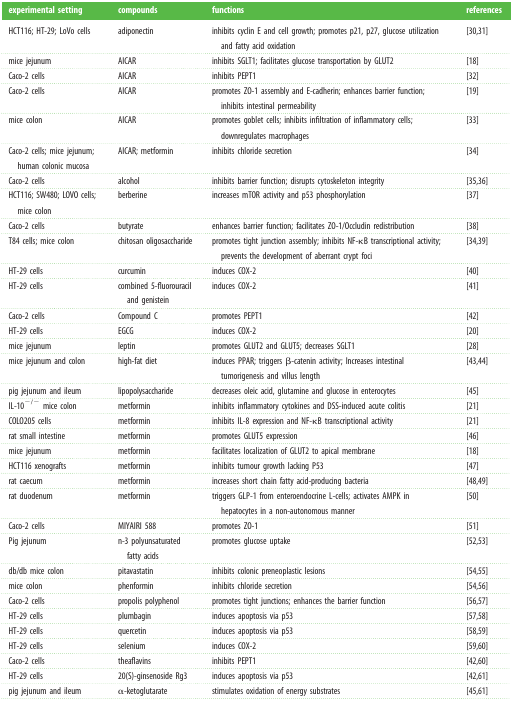
<table><thead><tr><td><b>experimental setting</b></td><td><b>compounds</b></td><td><b>functions</b></td><td><b>references</b></td></tr></thead><tbody><tr><td>HCT116; HT-29; LoVo cells</td><td>adiponectin</td><td>inhibits cyclin E and cell growth; promotes p21, p27, glucose utilization and fatty acid oxidation</td><td>[30,31]</td></tr><tr><td>mice jejunum</td><td>AICAR</td><td>inhibits SGLT1; facilitates glucose transportation by GLUT2</td><td>[18]</td></tr><tr><td>Caco-2 cells</td><td>AICAR</td><td>inhibits PEPT1</td><td>[32]</td></tr><tr><td>Caco-2 cells</td><td>AICAR</td><td>promotes ZO-1 assembly and E-cadherin; enhances barrier function; inhibits intestinal permeability</td><td>[19]</td></tr><tr><td>mice colon</td><td>AICAR</td><td>promotes goblet cells; inhibits infiltration of inflammatory cells; downregulates macrophages</td><td>[33]</td></tr><tr><td>Caco-2 cells; mice jejunum; human colonic mucosa</td><td>AICAR; metformin</td><td>inhibits chloride secretion</td><td>[34]</td></tr><tr><td>Caco-2 cells</td><td>alcohol</td><td>inhibits barrier function; disrupts cytoskeleton integrity</td><td>[35,36]</td></tr><tr><td>HCT116; SW480; LOVO cells; mice colon</td><td>berberine</td><td>increases mTOR activity and p53 phosphorylation</td><td>[37]</td></tr><tr><td>Caco-2 cells</td><td>butyrate</td><td>enhances barrier function; facilitates ZO-1/Occludin redistribution</td><td>[38]</td></tr><tr><td>T84 cells; mice colon</td><td>chitosan oligosaccharide</td><td>promotes tight junction assembly; inhibits NF-κB transcriptional activity; prevents the development of aberrant crypt foci</td><td>[34,39]</td></tr><tr><td>HT-29 cells</td><td>curcumin</td><td>induces COX-2</td><td>[40]</td></tr><tr><td>HT-29 cells</td><td>combined 5-fluorouracil and genistein</td><td>induces COX-2</td><td>[41]</td></tr><tr><td>Caco-2 cells</td><td>Compound C</td><td>promotes PEPT1</td><td>[42]</td></tr><tr><td>HT-29 cells</td><td>EGCG</td><td>induces COX-2</td><td>[20]</td></tr><tr><td>mice jejunum</td><td>leptin</td><td>promotes GLUT2 and GLUT5; decreases SGLT1</td><td>[28]</td></tr><tr><td>mice jejunum and colon</td><td>high-fat diet</td><td>induces PPAR; triggers β-catenin activity; Increases intestinal tumorigenesis and villus length</td><td>[43,44]</td></tr><tr><td>pig jejunum and ileum</td><td>lipopolysaccharide</td><td>decreases oleic acid, glutamine and glucose in enterocytes</td><td>[45]</td></tr><tr><td>IL-10<sup>−/−</sup> mice colon</td><td>metformin</td><td>inhibits inflammatory cytokines and DSS-induced acute colitis</td><td>[21]</td></tr><tr><td>COLO205 cells</td><td>metformin</td><td>inhibits IL-8 expression and NF-κB transcriptional activity</td><td>[21]</td></tr><tr><td>rat small intestine</td><td>metformin</td><td>promotes GLUT5 expression</td><td>[46]</td></tr><tr><td>mice jejunum</td><td>metformin</td><td>facilitates localization of GLUT2 to apical membrane</td><td>[18]</td></tr><tr><td>HCT116 xenografts</td><td>metformin</td><td>inhibits tumour growth lacking P53</td><td>[47]</td></tr><tr><td>rat caecum</td><td>metformin</td><td>increases short chain fatty acid-producing bacteria</td><td>[48,49]</td></tr><tr><td>rat duodenum</td><td>metformin</td><td>triggers GLP-1 from enteroendocrine L-cells; activates AMPK in hepatocytes in a non-autonomous manner</td><td>[50]</td></tr><tr><td>Caco-2 cells</td><td>MIYAIRI 588</td><td>promotes ZO-1</td><td>[51]</td></tr><tr><td>Pig jejunum</td><td>n-3 polyunsaturated fatty acids</td><td>promotes glucose uptake</td><td>[52,53]</td></tr><tr><td>db/db mice colon</td><td>pitavastatin</td><td>inhibits colonic preneoplastic lesions</td><td>[54,55]</td></tr><tr><td>mice colon</td><td>phenformin</td><td>inhibits chloride secretion</td><td>[54,56]</td></tr><tr><td>Caco-2 cells</td><td>propolis polyphenol</td><td>promotes tight junctions; enhances the barrier function</td><td>[56,57]</td></tr><tr><td>HT-29 cells</td><td>plumbagin</td><td>induces apoptosis via p53</td><td>[57,58]</td></tr><tr><td>HT-29 cells</td><td>quercetin</td><td>induces apoptosis via p53</td><td>[58,59]</td></tr><tr><td>HT-29 cells</td><td>selenium</td><td>induces COX-2</td><td>[59,60]</td></tr><tr><td>Caco-2 cells</td><td>theaflavins</td><td>inhibits PEPT1</td><td>[42,60]</td></tr><tr><td>HT-29 cells</td><td>20(S)-ginsenoside Rg3</td><td>induces apoptosis via p53</td><td>[42,61]</td></tr><tr><td>pig jejunum and ileum</td><td>α-ketoglutarate</td><td>stimulates oxidation of energy substrates</td><td>[45,61]</td></tr></tbody></table>